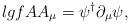
LaTeX: \begin{align*}\l{gfA}A_\mu = \psi^\dagger \partial_\mu \psi,\end{align*}